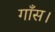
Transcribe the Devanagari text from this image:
गाँस।